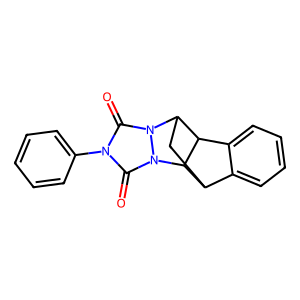
SMILES: O=c1n(-c2ccccc2)c(=O)n2n1C1CC3c4ccccc4C1C32
Inhibits HIV replication: No